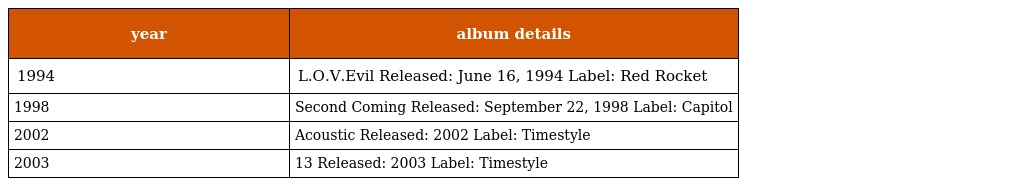
| year | album details |
 | --- | --- |
 | 1994 | L.O.V.Evil Released: June 16, 1994 Label: Red Rocket |
 | 1998 | Second Coming Released: September 22, 1998 Label: Capitol |
 | 2002 | Acoustic Released: 2002 Label: Timestyle |
 | 2003 | 13 Released: 2003 Label: Timestyle |